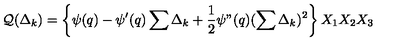
{ \cal Q } ( \Delta _ { k } ) = \left\{ \psi ( q ) - \psi ^ { \prime } ( q ) \sum \Delta _ { k } + \frac { 1 } { 2 } \psi " ( q ) ( \sum \Delta _ { k } ) ^ { 2 } \right\} X _ { 1 } X _ { 2 } X _ { 3 }